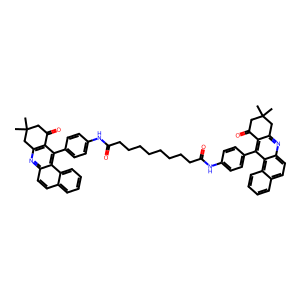
SMILES: CC1(C)CC(=O)c2c(nc3ccc4ccccc4c3c2-c2ccc(NC(=O)CCCCCCCCC(=O)Nc3ccc(-c4c5c(nc6ccc7ccccc7c46)CC(C)(C)CC5=O)cc3)cc2)C1
Inhibits HIV replication: No